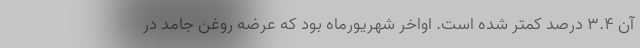
آن ۳.۴ درصد کمتر شده است. اواخر شهریورماه بود که عرضه روغن جامد در